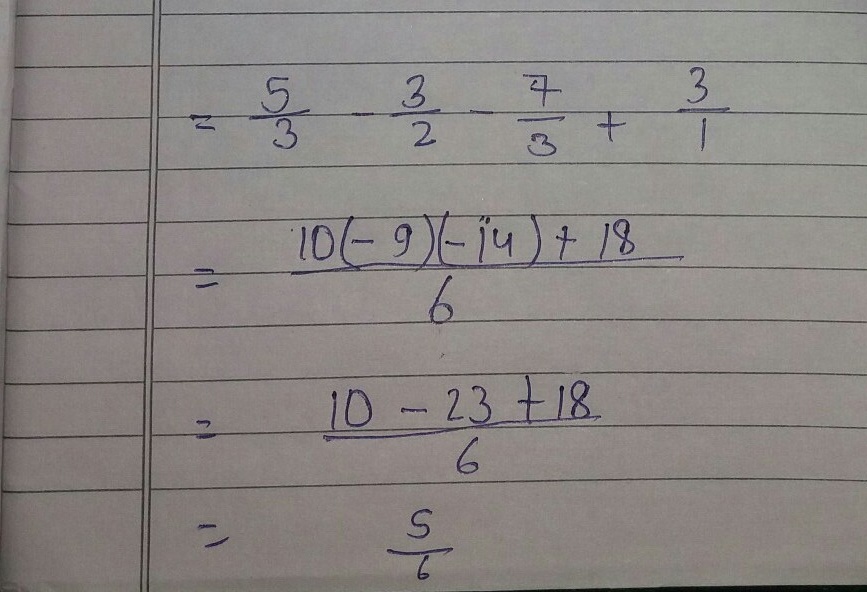
\[
\begin{align*}
&=\frac{5}{3}-\frac{3}{2}-\frac{4}{3}+\frac{3}{1}\\
&=\frac{10 - 9 - 8 + 18}{6}\\
&=\frac{10 - 17 + 18}{6}\\
&=\frac{5}{6}
\end{align*}
\]